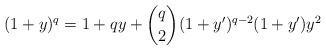
LaTeX: \begin{align*} (1 + y)^q = 1 + qy + \binom{q}{2} (1 + y')^{q-2} (1 + y') y^2 \end{align*}